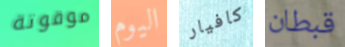
موقوتة اليوم كافيار قبطان